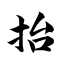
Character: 抬